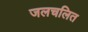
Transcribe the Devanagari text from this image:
जलचलित